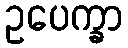
ဥပေက္ခာ